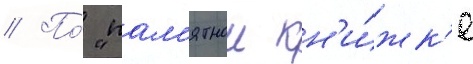
// По́ "пам'ятнои кн'и́жк'е